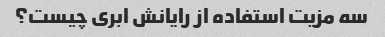
سه مزیت استفاده از رایانش ابری چیست؟